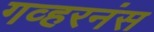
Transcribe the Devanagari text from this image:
गव्हरनंस